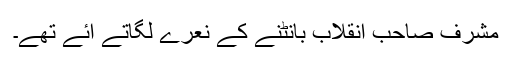
مشرف صاحب انقلاب بانٹنے کے نعرے لگاتے آئے تھے۔